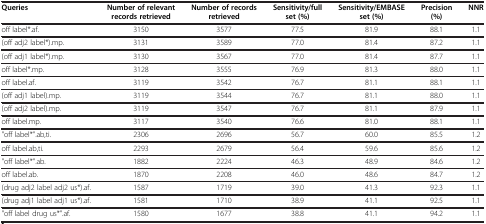
<table><thead><tr><td><b>Queries</b></td><td><b>Number of relevant records retrieved</b></td><td><b>Number of records retrieved</b></td><td><b>Sensitivity/full set (%)</b></td><td><b>Sensitivity/EMBASE set (%)</b></td><td><b>Precision (%)</b></td><td><b>NNR</b></td></tr></thead><tbody><tr><td>off label*.af.</td><td>3150</td><td>3577</td><td>77.5</td><td>81.9</td><td>88.1</td><td>1.1</td></tr><tr><td>(off adj2 label*).mp.</td><td>3131</td><td>3589</td><td>77.0</td><td>81.4</td><td>87.2</td><td>1.1</td></tr><tr><td>(off adj1 label*).mp.</td><td>3130</td><td>3567</td><td>77.0</td><td>81.4</td><td>87.7</td><td>1.1</td></tr><tr><td>off label*.mp.</td><td>3128</td><td>3555</td><td>76.9</td><td>81.3</td><td>88.0</td><td>1.1</td></tr><tr><td>off label.af.</td><td>3119</td><td>3542</td><td>76.7</td><td>81.1</td><td>88.1</td><td>1.1</td></tr><tr><td>(off adj1 label).mp.</td><td>3119</td><td>3544</td><td>76.7</td><td>81.1</td><td>88.0</td><td>1.1</td></tr><tr><td>(off adj2 label).mp.</td><td>3119</td><td>3547</td><td>76.7</td><td>81.1</td><td>87.9</td><td>1.1</td></tr><tr><td>off label.mp.</td><td>3117</td><td>3540</td><td>76.6</td><td>81.0</td><td>88.1</td><td>1.1</td></tr><tr><td>&quot;off label*&quot;.ab,ti.</td><td>2306</td><td>2696</td><td>56.7</td><td>60.0</td><td>85.5</td><td>1.2</td></tr><tr><td>off label.ab,ti.</td><td>2293</td><td>2679</td><td>56.4</td><td>59.6</td><td>85.6</td><td>1.2</td></tr><tr><td>&quot;off label*&quot;.ab.</td><td>1882</td><td>2224</td><td>46.3</td><td>48.9</td><td>84.6</td><td>1.2</td></tr><tr><td>off label.ab.</td><td>1870</td><td>2208</td><td>46.0</td><td>48.6</td><td>84.7</td><td>1.2</td></tr><tr><td>(drug adj2 label adj2 us*).af.</td><td>1587</td><td>1719</td><td>39.0</td><td>41.3</td><td>92.3</td><td>1.1</td></tr><tr><td>(drug adj1 label adj1 us*).af.</td><td>1581</td><td>1710</td><td>38.9</td><td>41.1</td><td>92.5</td><td>1.1</td></tr><tr><td>&quot;off label drug us*&quot;.af.</td><td>1580</td><td>1677</td><td>38.8</td><td>41.1</td><td>94.2</td><td>1.1</td></tr></tbody></table>